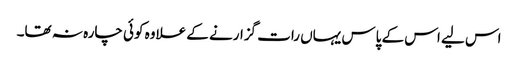
اس لیے اس کے پاس یہاں رات گزارنے کے علاوہ کوئی چارہ نہ تھا۔